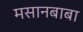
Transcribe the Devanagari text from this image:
मसानबाबा